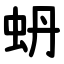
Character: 蚒